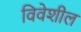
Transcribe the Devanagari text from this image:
विवेशील